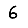
Digit: 6